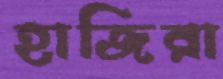
হাজিরা